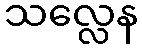
သလ္လေန